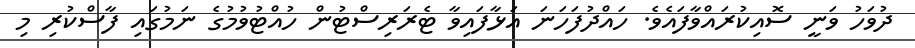
ދުވަހު ވަނީ ސޮއިކުރައްވާފައެވެ. ހައްދުފަހަނަ އަޅާފައިވާ ޓެރަރިސްޓުން ހުއްޓުވުމުގެ ނަމުގައި ފާސްކުރި މި